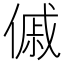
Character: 傶